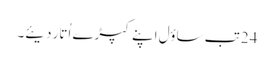
24 تب ساؤل اپنے کپڑے اُتار دیئے۔